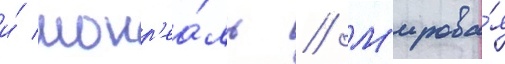
и́ монр'еа́ль // М'ирова́я